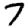
Digit: 7